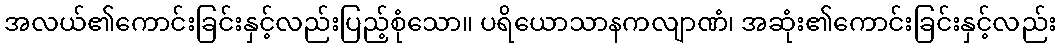
အလယ်၏ကောင်းခြင်းနှင့်လည်းပြည့်စုံသော။ ပရိယောသာနကလျာဏံ၊ အဆုံး၏ကောင်းခြင်းနှင့်လည်း